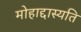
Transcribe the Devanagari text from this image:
मोहाद्दास्यति